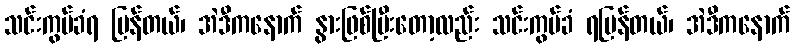
သင်းကွပ်ခံရ ပြန်တယ်၊ အဲဒီကနောက် နွားဖြစ်ပြီးတော့လည်း သင်းကွပ်ခံ ရပြန်တယ်၊ အဲဒီကနောက်